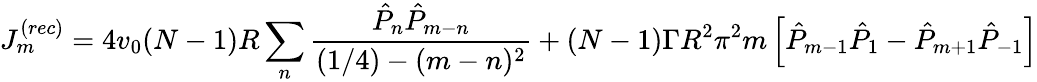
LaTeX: J_{m}^{(rec)}=4v_{0}(N-1)R\sum_{n}{\frac{\hat{P}_{n}\hat{P}_{m-n}}{(1/4)-(m-n)^{2}}}+(N-1)\Gamma R^{2}\pi^{2}m\left[\hat{P}_{m-1}\hat{P}_{1}-\hat{P}_{m+1}\hat{P}_{-1}\right]